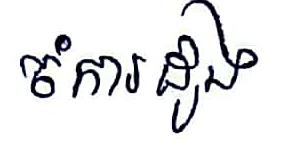
ចំការដូង